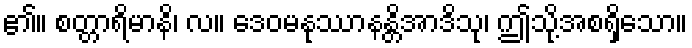
၏။ စတ္တာရိမာနိ၊ လ။ ဒေဝမနုဿာနန္တိအာဒိသု၊ ဤသို့အစရှိသော။